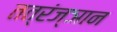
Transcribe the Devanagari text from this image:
तत्रंज्ञान